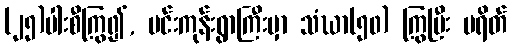
(၂၅)ပါးစီကြွ၍, မင်းကုန်းရွာကြီးမှာ သံဃာ(၅၀) ကြွပြီး ပရိတ်